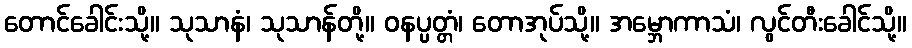
တောင်ခေါင်းသို့။ သုသာနံ၊ သုသာန်တို့။ ဝနပ္ပတ္တံ၊ တောအုပ်သို့။ အမ္ဘောကာသံ၊ လွင်တီးခေါင်သို့။